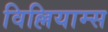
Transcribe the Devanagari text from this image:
विल्लियाम्स